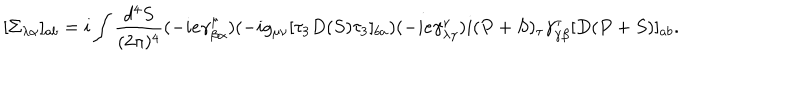
LaTeX: [ \Sigma _ { \lambda \alpha } ] _ { a b } = i \int \frac { d ^ { 4 } S } { ( 2 \pi ) ^ { 4 } } ( - i e \gamma _ { \beta \alpha } ^ { \mu } ) ( - i g _ { \mu \nu } [ \tau _ { 3 } D ( S ) \tau _ { 3 } ] _ { b a } ) ( - i e \gamma _ { \lambda \gamma } ^ { \nu } ) i ( P + S ) _ { \tau } \gamma _ { \gamma \beta } ^ { \tau } [ D ( P + S ) ] _ { a b } .